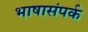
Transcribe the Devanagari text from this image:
भाषासंपर्क